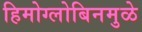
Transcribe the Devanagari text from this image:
हिमोग्लोबिनमुळे